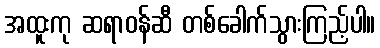
အထူးကု ဆရာဝန်ဆီ တစ်ခေါက်သွားကြည့်ပါ။